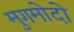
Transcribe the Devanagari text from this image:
मुगमोदो